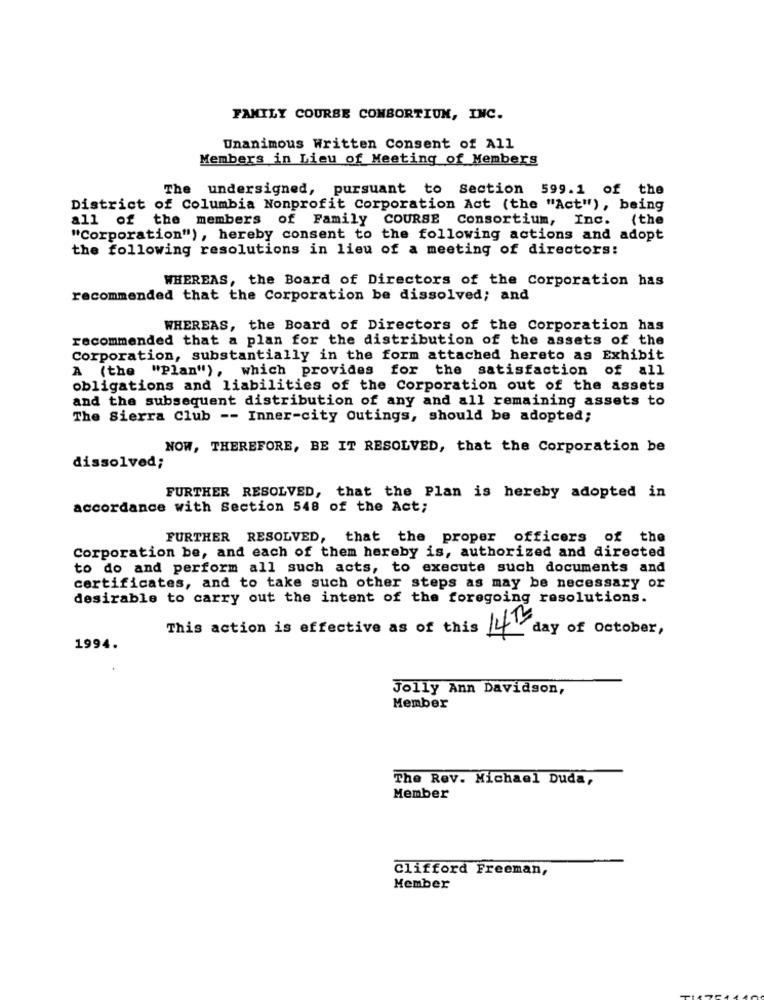
FAMILY COURSE CONBORTIUN, INC.
Unanimous Written Consent of All
Members in Lieu of Meeting of Members
The undersigned, pursuant to Section 599.1 of the
District of Columbia Nonprofit Corporation Act (the "Act"), being
all of the members of Family COURSE Consortium, Inc. (the
"Corporation") , hereby consent to the following actions and adopt
the following resolutions in lieu of a meeting of directors:
WHEREAS, the Board of Directors of the Corporation has
recommended that the Corporation be dissolved; and
WHEREAS, the Board of Directors of the Corporation has
recommended that a plan for the distribution of the assets of the
Corporation, substantially in the form attached hereto as Exhibit
A (the "Plan"), which provides for the satisfaction of all
obligations and liabilities of the Corporation out of the assets
and the subsequent distribution of any and all remaining assets to
The Sierra Club -- Inner-city Outings, should be adopted;
NOW, THEREFORE, BE IT RESOLVED, that the Corporation be
dissolved;
FURTHER RESOLVED, that the Plan is hereby adopted in
accordance with Section 548 of the Act;
FURTHER RESOLVED, that the proper officers of the
Corporation be, and each of them hereby is, authorized and directed
to do and perform all such acts, to execute such documents and
certificates, and to take such other steps as may be necessary or
desirable to carry out the intent of the foregoing resolutions.
This action is effective as of this 14 day of October,
1994.
Jolly Ann Davidson,
Member
The Rev. Michael Duda,
Member
Clifford Freeman,
Member